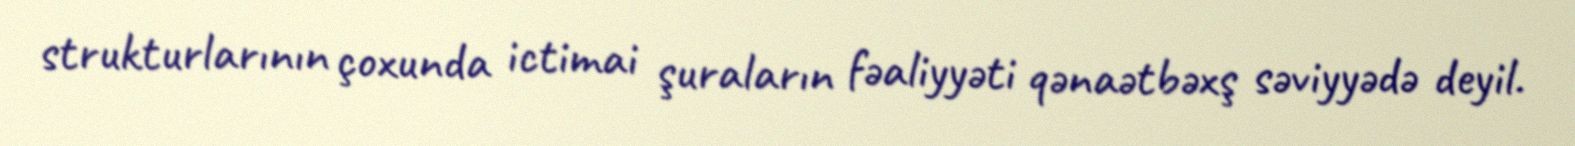
strukturlarının çoxunda ictimai şuraların fəaliyyəti qənaətbəxş səviyyədə deyil.